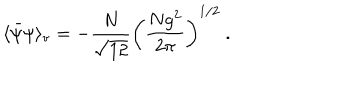
\langle \bar { \psi } \psi \rangle _ { \mathrm { v } } = - \frac { N } { \sqrt { 1 2 } } \left( \frac { N g ^ { 2 } } { 2 \pi } \right) ^ { 1 / 2 } \ .